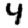
Digit: 4